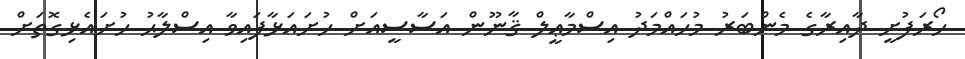
ހޯރަފުށީ ދާއިރާގެ މެންބަރު މުހައްމަދު އިސްމާޢީލް ޤާނޫން އަސާސީއަށް ހުށައަޅާފައިވާ އިސްލާޙު ހުށައެޅިގޮތަށް